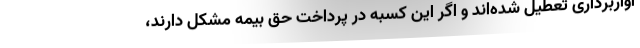
آواربرداری تعطیل شده‌اند و اگر این کسبه در پرداخت حق بیمه مشکل دارند،